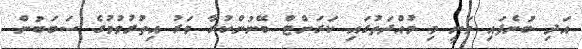
އަދި ބުނެފައި ވަނީ މި މުއްދަތުގައި ކަރަންޓް ބޭނުންކުރާ ވަރު އިތުރުވުމުގެ ސަބަބުން